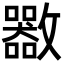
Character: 𣀬